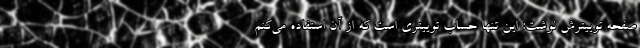
صفحه توییترش نوشت: این تنها حساب توییتری است که از آن استفاده می‌کنم